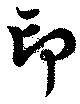
印